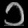
Digit: ၁